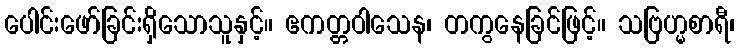
ပေါင်းဖော်ခြင်းရှိသောသူနှင့်။ ဧကတ္တဝါသေန၊ တကွနေခြင်ဖြင့်။ သဗြဟ္မစာရီ၊